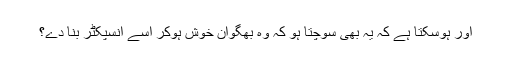
اور ہوسکتا ہے کہ یہ بھی سوچتا ہو کہ وہ بھگوان خوش ہوکر اسے انسپکٹر بنا دے؟